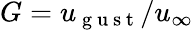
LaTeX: G=u_{\mathrm{~g~u~s~t~}}/u_{\infty}